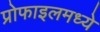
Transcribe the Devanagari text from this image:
प्रोफाइलमध्ये